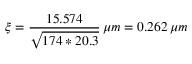
\xi = { \frac { 1 5 . 5 7 4 } { \sqrt { 1 7 4 * 2 0 . 3 } } } \, \mu m = 0 . 2 6 2 \, \mu m